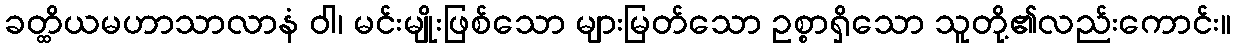
ခတ္ထိယမဟာသာလာနံ ဝါ၊ မင်းမျိုးဖြစ်သော များမြတ်သော ဥစ္စာရှိသော သူတို့၏လည်းကောင်း။